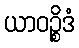
ယာဝဉ္စိဒံ